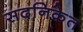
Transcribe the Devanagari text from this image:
सदनिकेत